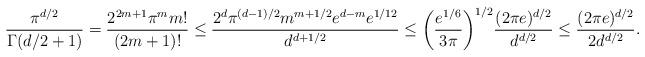
LaTeX: \begin{align*} \frac{\pi^{d/2}}{\Gamma(d/2+1)}=\frac{2^{2m+1}\pi^mm!}{(2m+1)!}\le \frac{2^{d}\pi^{(d-1)/2}m^{m+1/2}e^{d-m}e^{{1}/{12}}}{d^{d+1/2}}\le \bigg(\frac{e^{1/6}}{3\pi}\bigg)^{1/2}\frac{(2\pi e)^{d/2}}{d^{d/2}}\le\frac{(2\pi e)^{d/2}}{2d^{d/2}}.\end{align*}